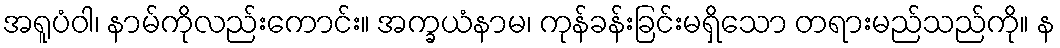
အရူပံဝါ၊ နာမ်ကိုလည်းကောင်း။ အက္ခယံနာမ၊ ကုန်ခန်းခြင်းမရှိသော တရားမည်သည်ကို။ န